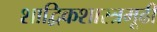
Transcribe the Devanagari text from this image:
शाद्विकशास्त्रमूढीं